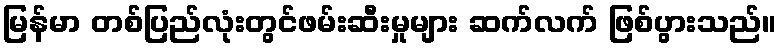
မြန်မာ တစ်ပြည်လုံးတွင်ဖမ်းဆီးမှုများ ဆက်လက် ဖြစ်ပွားသည်။